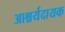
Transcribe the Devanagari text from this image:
आश्चर्यदायक